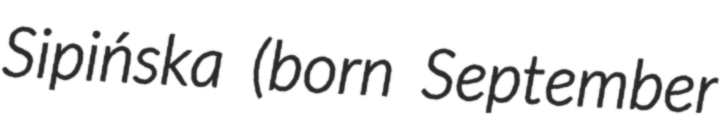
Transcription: Sipińska (born September